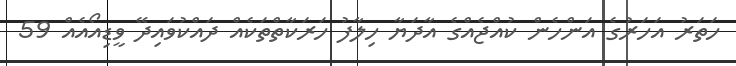
ހަތަރު އަހަރުގެ އަންހެން ކުއްޖެއްގެ އާދަޔާ ހިލާފު ހަރަކާތްތަކެއް ދައްކުވައިދޭ ވީޑިއޯއެއް 59